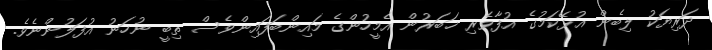
ދަރިޔަކު ލިބެން އުޅޭކަމުގެ އުފާވެރި ޚަބަރުން އެމީހުންގެ މައިންބަފައިންވެސް ތިބީ ނުހަނު އުފަލުންނެވެ.